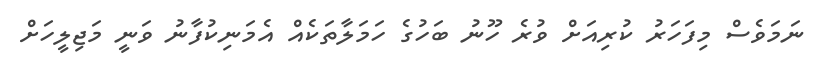
ނަމަވެސް މިފަހަރު ކުރިއަށް ވުރެ ހޫނު ބަހުގެ ހަމަލާތަކެއް އެމަނިކުފާނު ވަނީ މަޖިލީހަށް